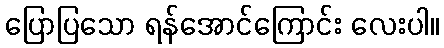
ပြောပြသော ရန်အောင်ကြောင်း လေးပါ။